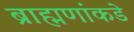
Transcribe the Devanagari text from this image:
ब्राह्मणांकडे